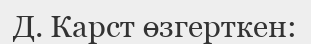
Д. Карст өзгерткен: